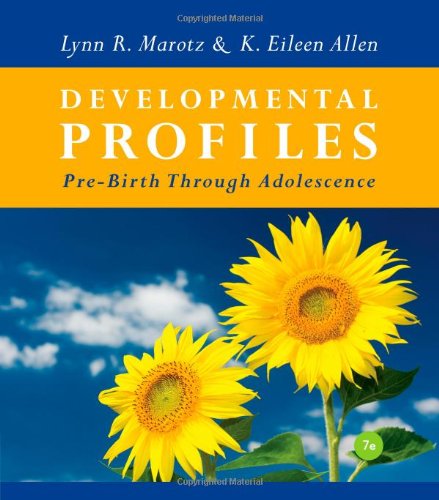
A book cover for Developmental Profiles: Pre-Birth Through Adolescence; Lynn R Marotz; Education & Teaching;